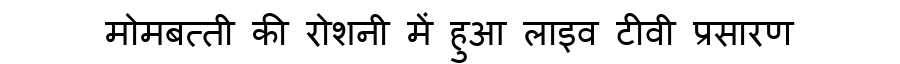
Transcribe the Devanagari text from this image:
मोमबत्ती की रोशनी में हुआ लाइव टीवी प्रसारण